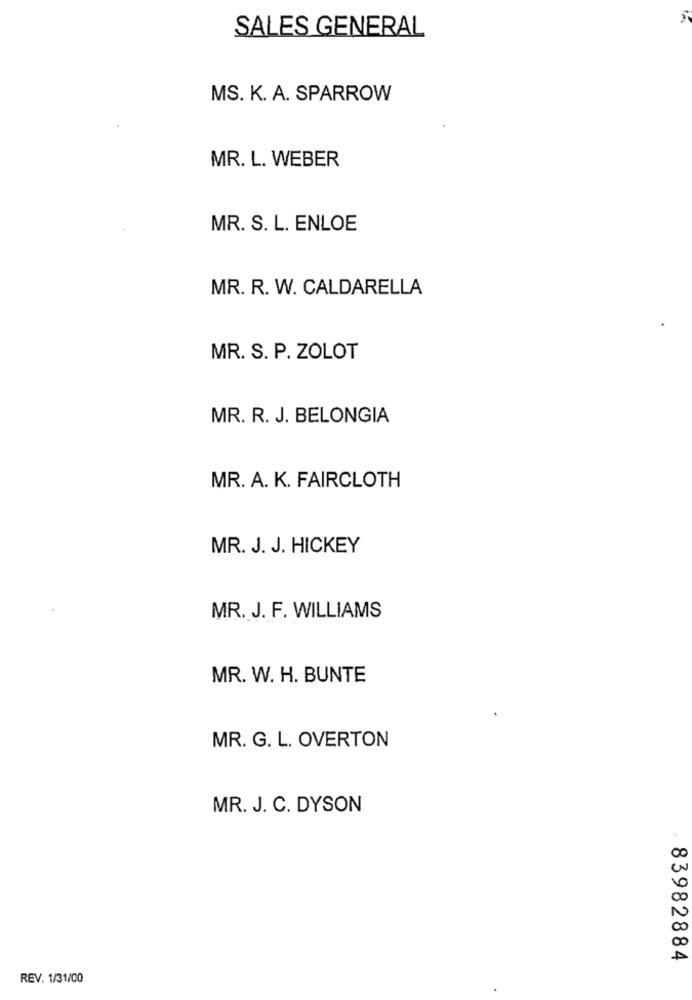
SALES GENERAL
MS. K. A. SPARROW
MR. L. WEBER
MR. S. L. ENLOE
MR. R. W. CALDARELLA
MR. S. P. ZOLOT
MR. R. J. BELONGIA
MR. A. K. FAIRCLOTH
MR. J. J. HICKEY
MR. J. F. WILLIAMS
MR. W. H. BUNTE
MR. G. L. OVERTON
MR. J. C. DYSON
83982884
REV. 1/31/00